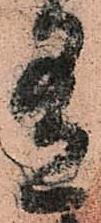
有